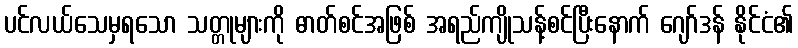
ပင်လယ်သေမှရသော သတ္တုများကို ဓာတ်စင်အဖြစ် အရည်ကျိုသန့်စင်ပြီးနောက် ဂျော်ဒန် နိုင်ငံ၏